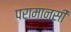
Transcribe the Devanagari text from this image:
परामानसी